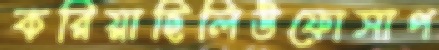
করিয়াছিলিউফোসাপ